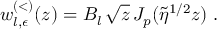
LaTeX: w _ { l , \epsilon } ^ { ( < ) } ( z ) = B _ { l } \, \sqrt { z } \, J _ { p } ( \widetilde { \eta } ^ { 1 / 2 } z ) \; .